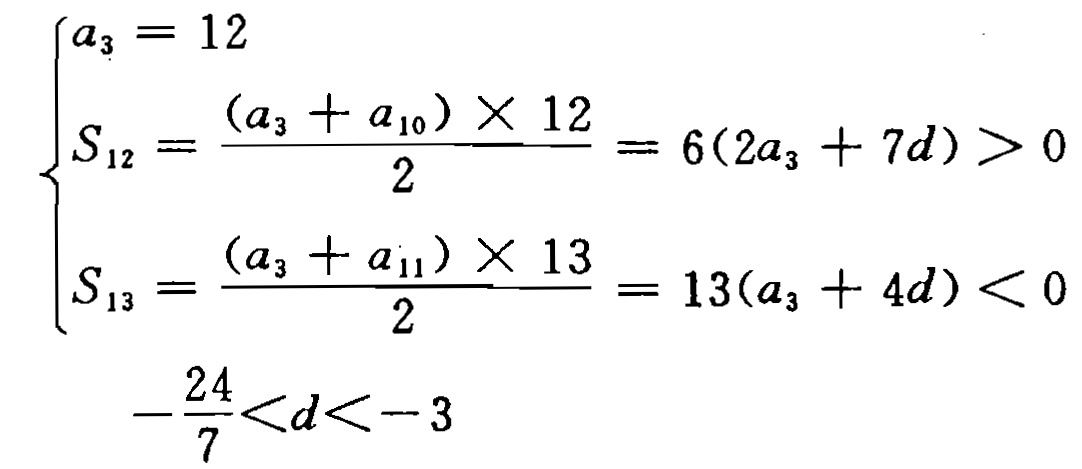
\[\begin{cases}

a_{3}=12 \\

S_{12}=\frac{(a_{3}+a_{10})\times12}{2}=6(2a_{3}+7d)>0 \\

S_{13}=\frac{(a_{3}+a_{11})\times13}{2}=13(a_{3}+4d)<0 \\

-\frac{24}{7}<d<-3

\end{cases}\]